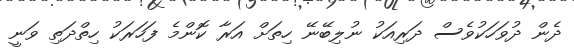
ދެން ދުވަހަކުވެސް ދަރިއަކު ނުލިބޭނޭ ހިތަށް އަރާ ކޮންމެ ފަހަރަކު ހިތްދަތި ވަނީ